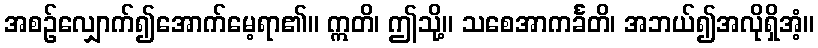
အစဉ်လျှောက်၍အောက်မေ့ရာ၏။ ဣတိ၊ ဤသို့။ သစေအာကင်္ခတိ၊ အဘယ်၍အလိုရှိအံ့။